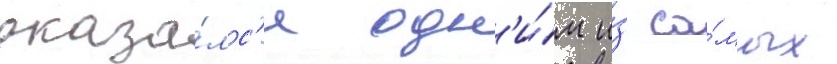
оказа́лс'я одн'и́м и́з са́мых